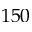
1 5 0